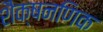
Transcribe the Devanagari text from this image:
शैक्षनणिक